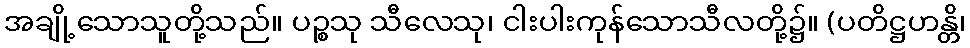
အချို့သောသူတို့သည်။ ပဉ္စသု သီလေသု၊ ငါးပါးကုန်သောသီလတို့၌။ (ပတိဋ္ဌဟန္တိ၊